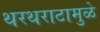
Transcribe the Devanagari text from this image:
थरथराटामुळे